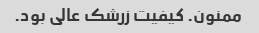
ممنون. کیفیت زرشک عالی بود.